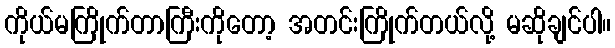
ကိုယ်မကြိုက်တာကြီးကိုတော့ အတင်းကြိုက်တယ်လို့ မဆိုချင်ပါ။